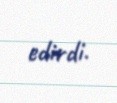
edirdi.